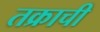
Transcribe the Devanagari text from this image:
तक्राची